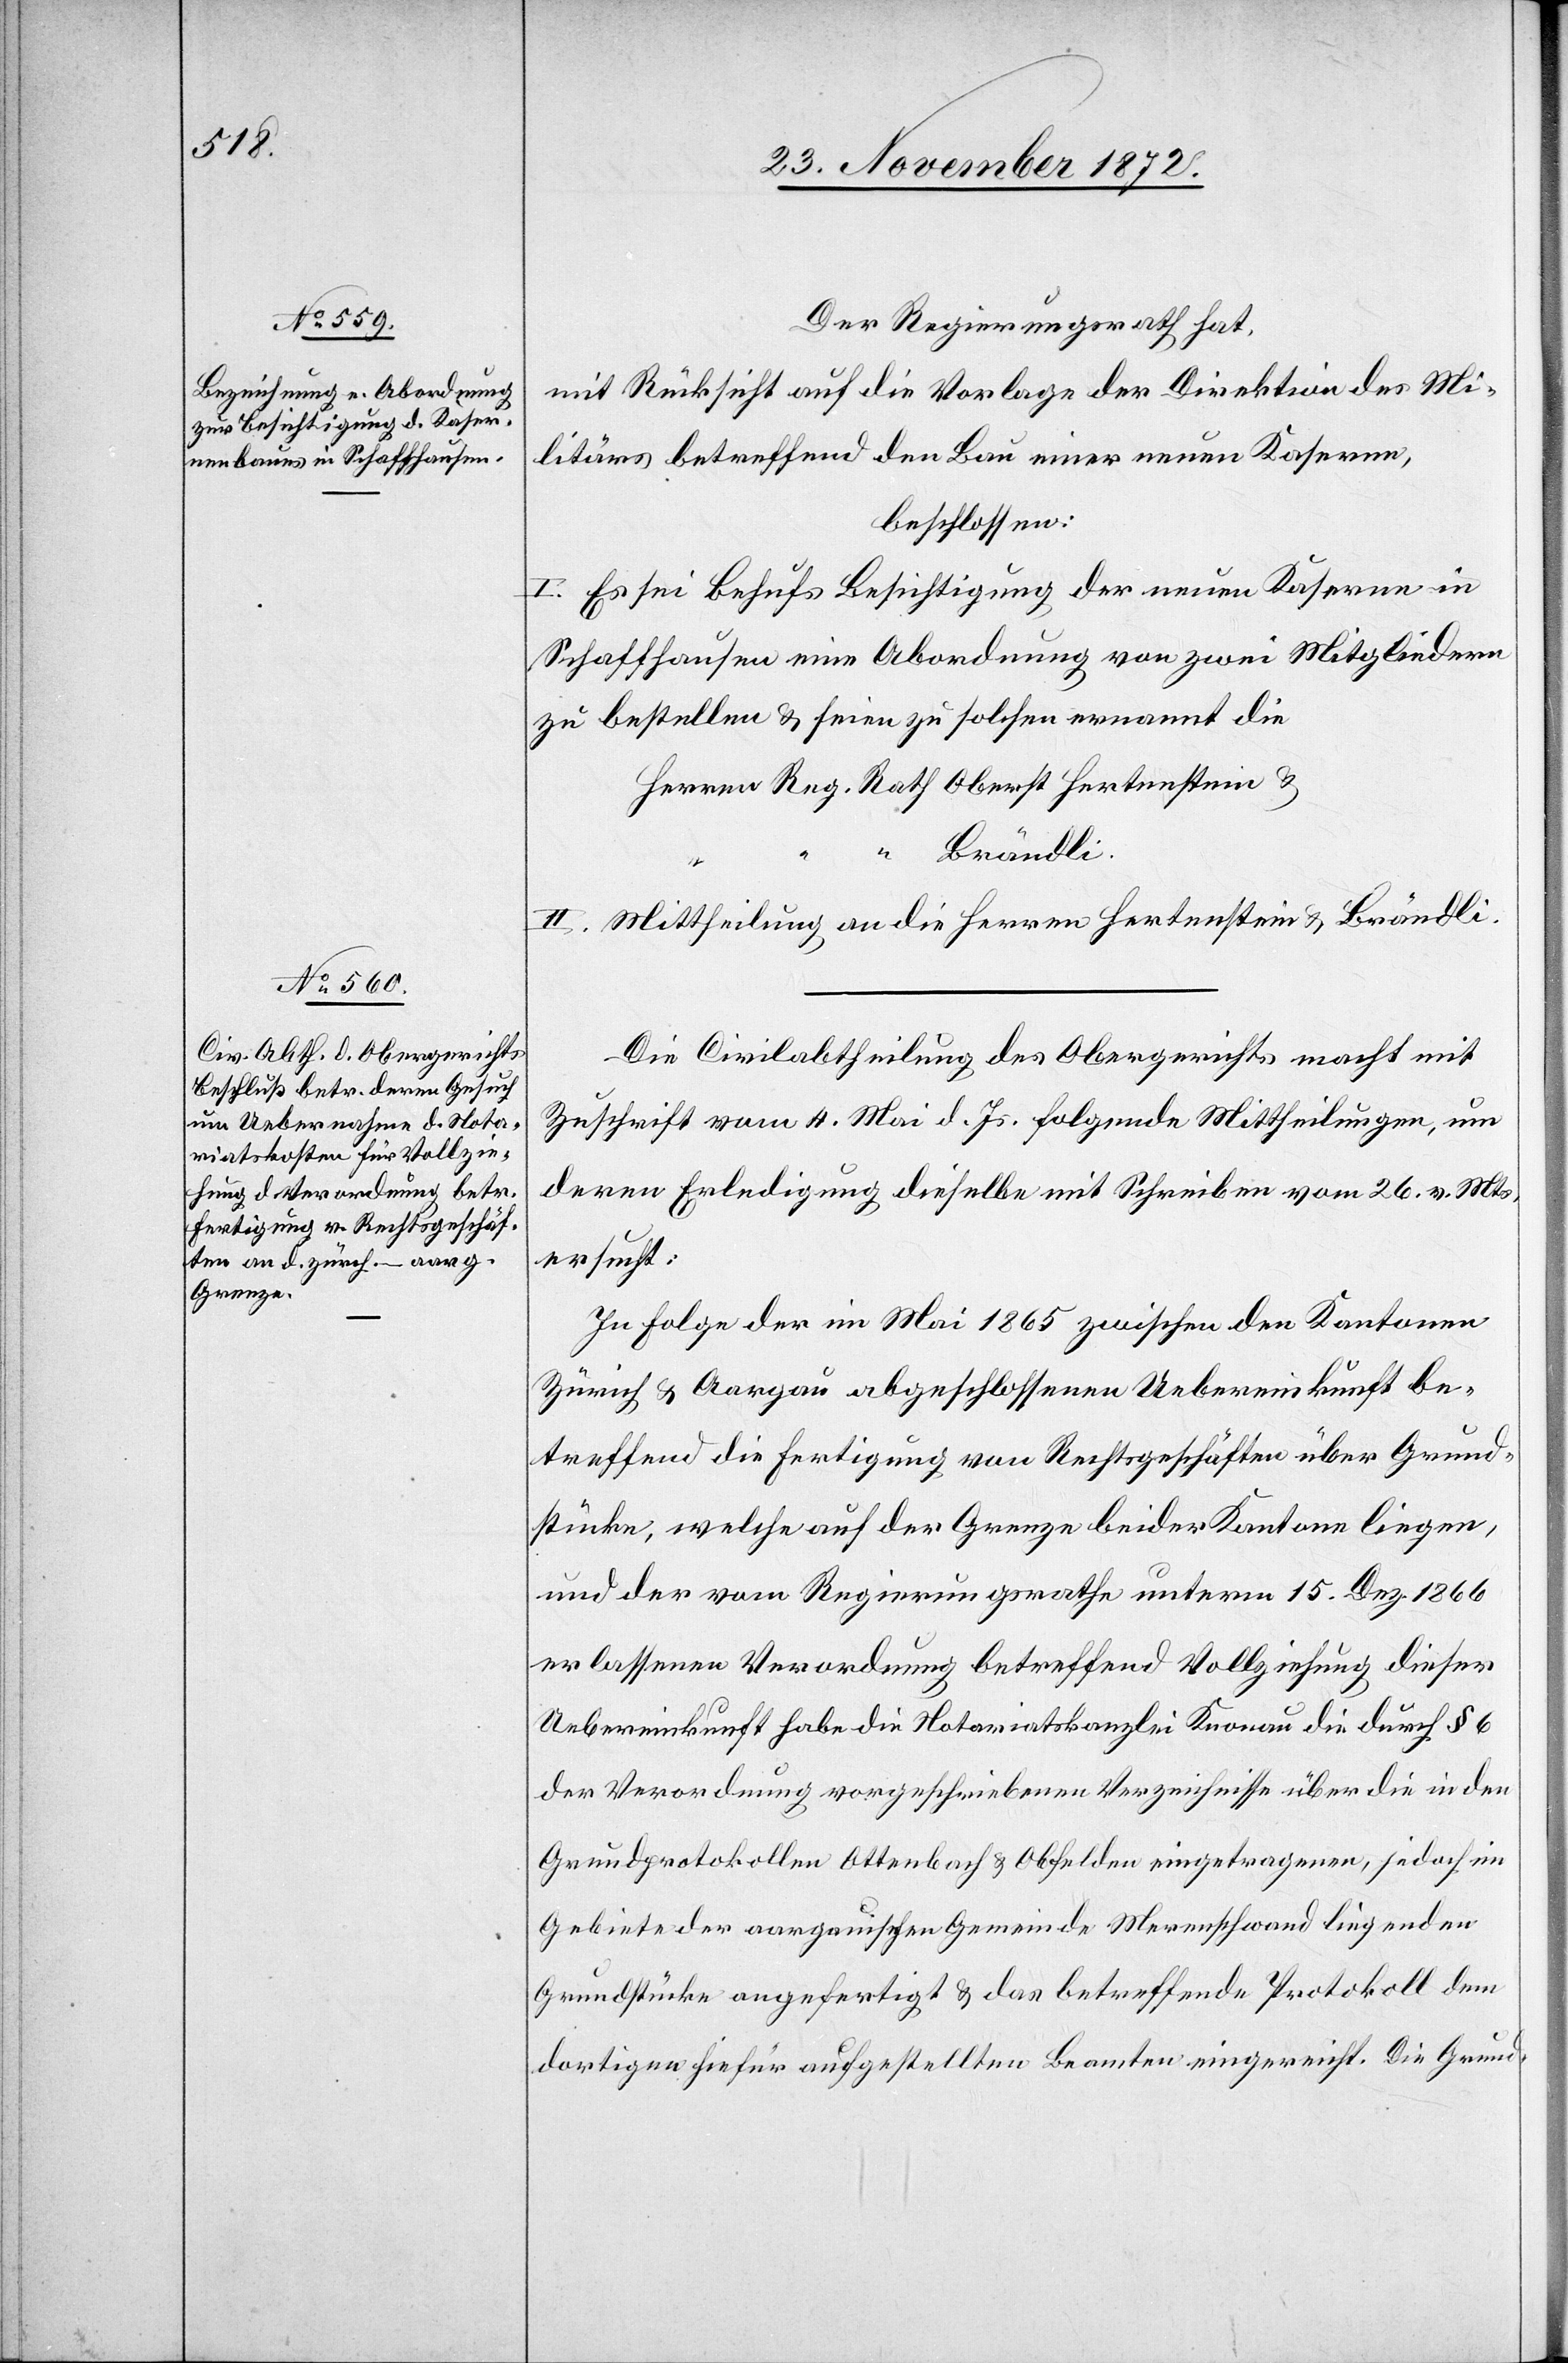
Der Regierungsrath hat,
mit Rücksicht auf die Vorlage der Direktion des Mi¬
litärs betreffend den Bau einer neuen Kaserne,
beschlossen:
I. Es sei Behufs Besichtigung der neuen Kaserne in
Schaffhausen eine Abordnung von zwei Mitgliedern
zu bestellen u. seien zu solchen ernannt die
Herren Reg. Rath. Oberst Hertenstein u.
“ Brändli.
II. Mittheilung an die Herren Hertenstein u. Brändli.
Die Civilabtheilung des Obergerichts macht mit
Zuschrift vom 4. Mai d. Js. folgende Mittheilungen, um
deren Erledigung dieselbe mit Schreiben vom 26. v. Mts.
ersucht:
In Folge der im Mai 1865 zwischen den Kantonen
Zürich u. Aargau abgeschlossenen Uebereinkunft be¬
treffend die Fertigung von Rechtsgeschäften über Grund¬
stücke, welche auf der Grenze beider Kantone liegen,
und der vom Regierungsrathe unterm 15. Dez. 1866
erlassenen Verordnung betreffend Vollziehung dieser
Uebereinkunft habe die Notariatskanzlei Knonau die durch § 6
der Verordnung vorgeschriebenen Verzeichnisse über die in den
Grundprotokollen Ottenbach u. Obfelden eingetragenen, jedoch im
Gebiete der aargauischen Gemeinde Merenschwand liegenden
Grundstücke angefertigt u. das betreffende Protokoll dem
dortigen hiefür aufgestellten Beamten eingereicht. Die Grund-